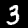
Label: 3